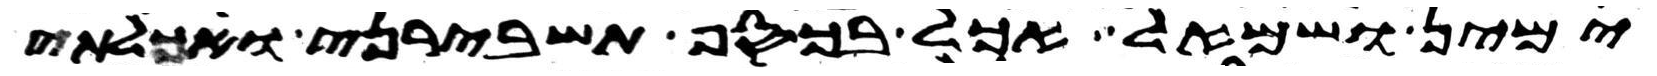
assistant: ימין ושמאל אכל בכסף תשבירני ואכלתי